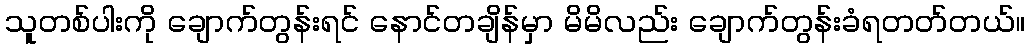
သူတစ်ပါးကို ချောက်တွန်းရင် နောင်တချိန်မှာ မိမိလည်း ချောက်တွန်းခံရတတ်တယ်။